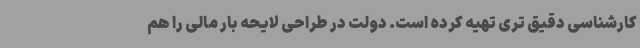
کارشناسی دقیق تری تهیه کرده است. دولت در طراحی لایحه بار مالی را هم